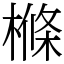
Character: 樤